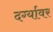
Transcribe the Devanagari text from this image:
दर्ग्यावर